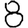
Digit: 8